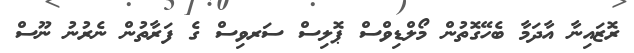
ރޮޒައިނާ އާދަމާ ބެހޭގޮތުން މޯލްޑިވްސް ޕޮލިސް ސަރވިސް ގެ ފަރާތުން ނެރުނު ނޫސް